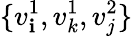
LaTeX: \{ v_{\mathbf{i}}^{1},v_{k}^{1},v_{j}^{2}\}